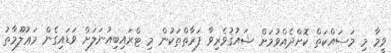
ވީމާ މި މަސައްކަތް ކޮށްދެއްވުމަށް ޝައުޤުވެރިވާ ފަރާތްތަކުން މި ޓްރައިބިއުނަލަށް ވަޑައިގެން މަޢުލޫމާތު